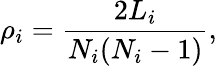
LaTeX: \rho_{i}=\frac{2L_{i}}{N_{i}(N_{i}-1)},